Bréfritari: Sigríður Pálsdóttir
Viðtakandi: Páll Pálsson
Dagsetning: A-1842-06-26
Skrifað á: Síðumúla  Mýr.
Páll var bróðir Sigríðar

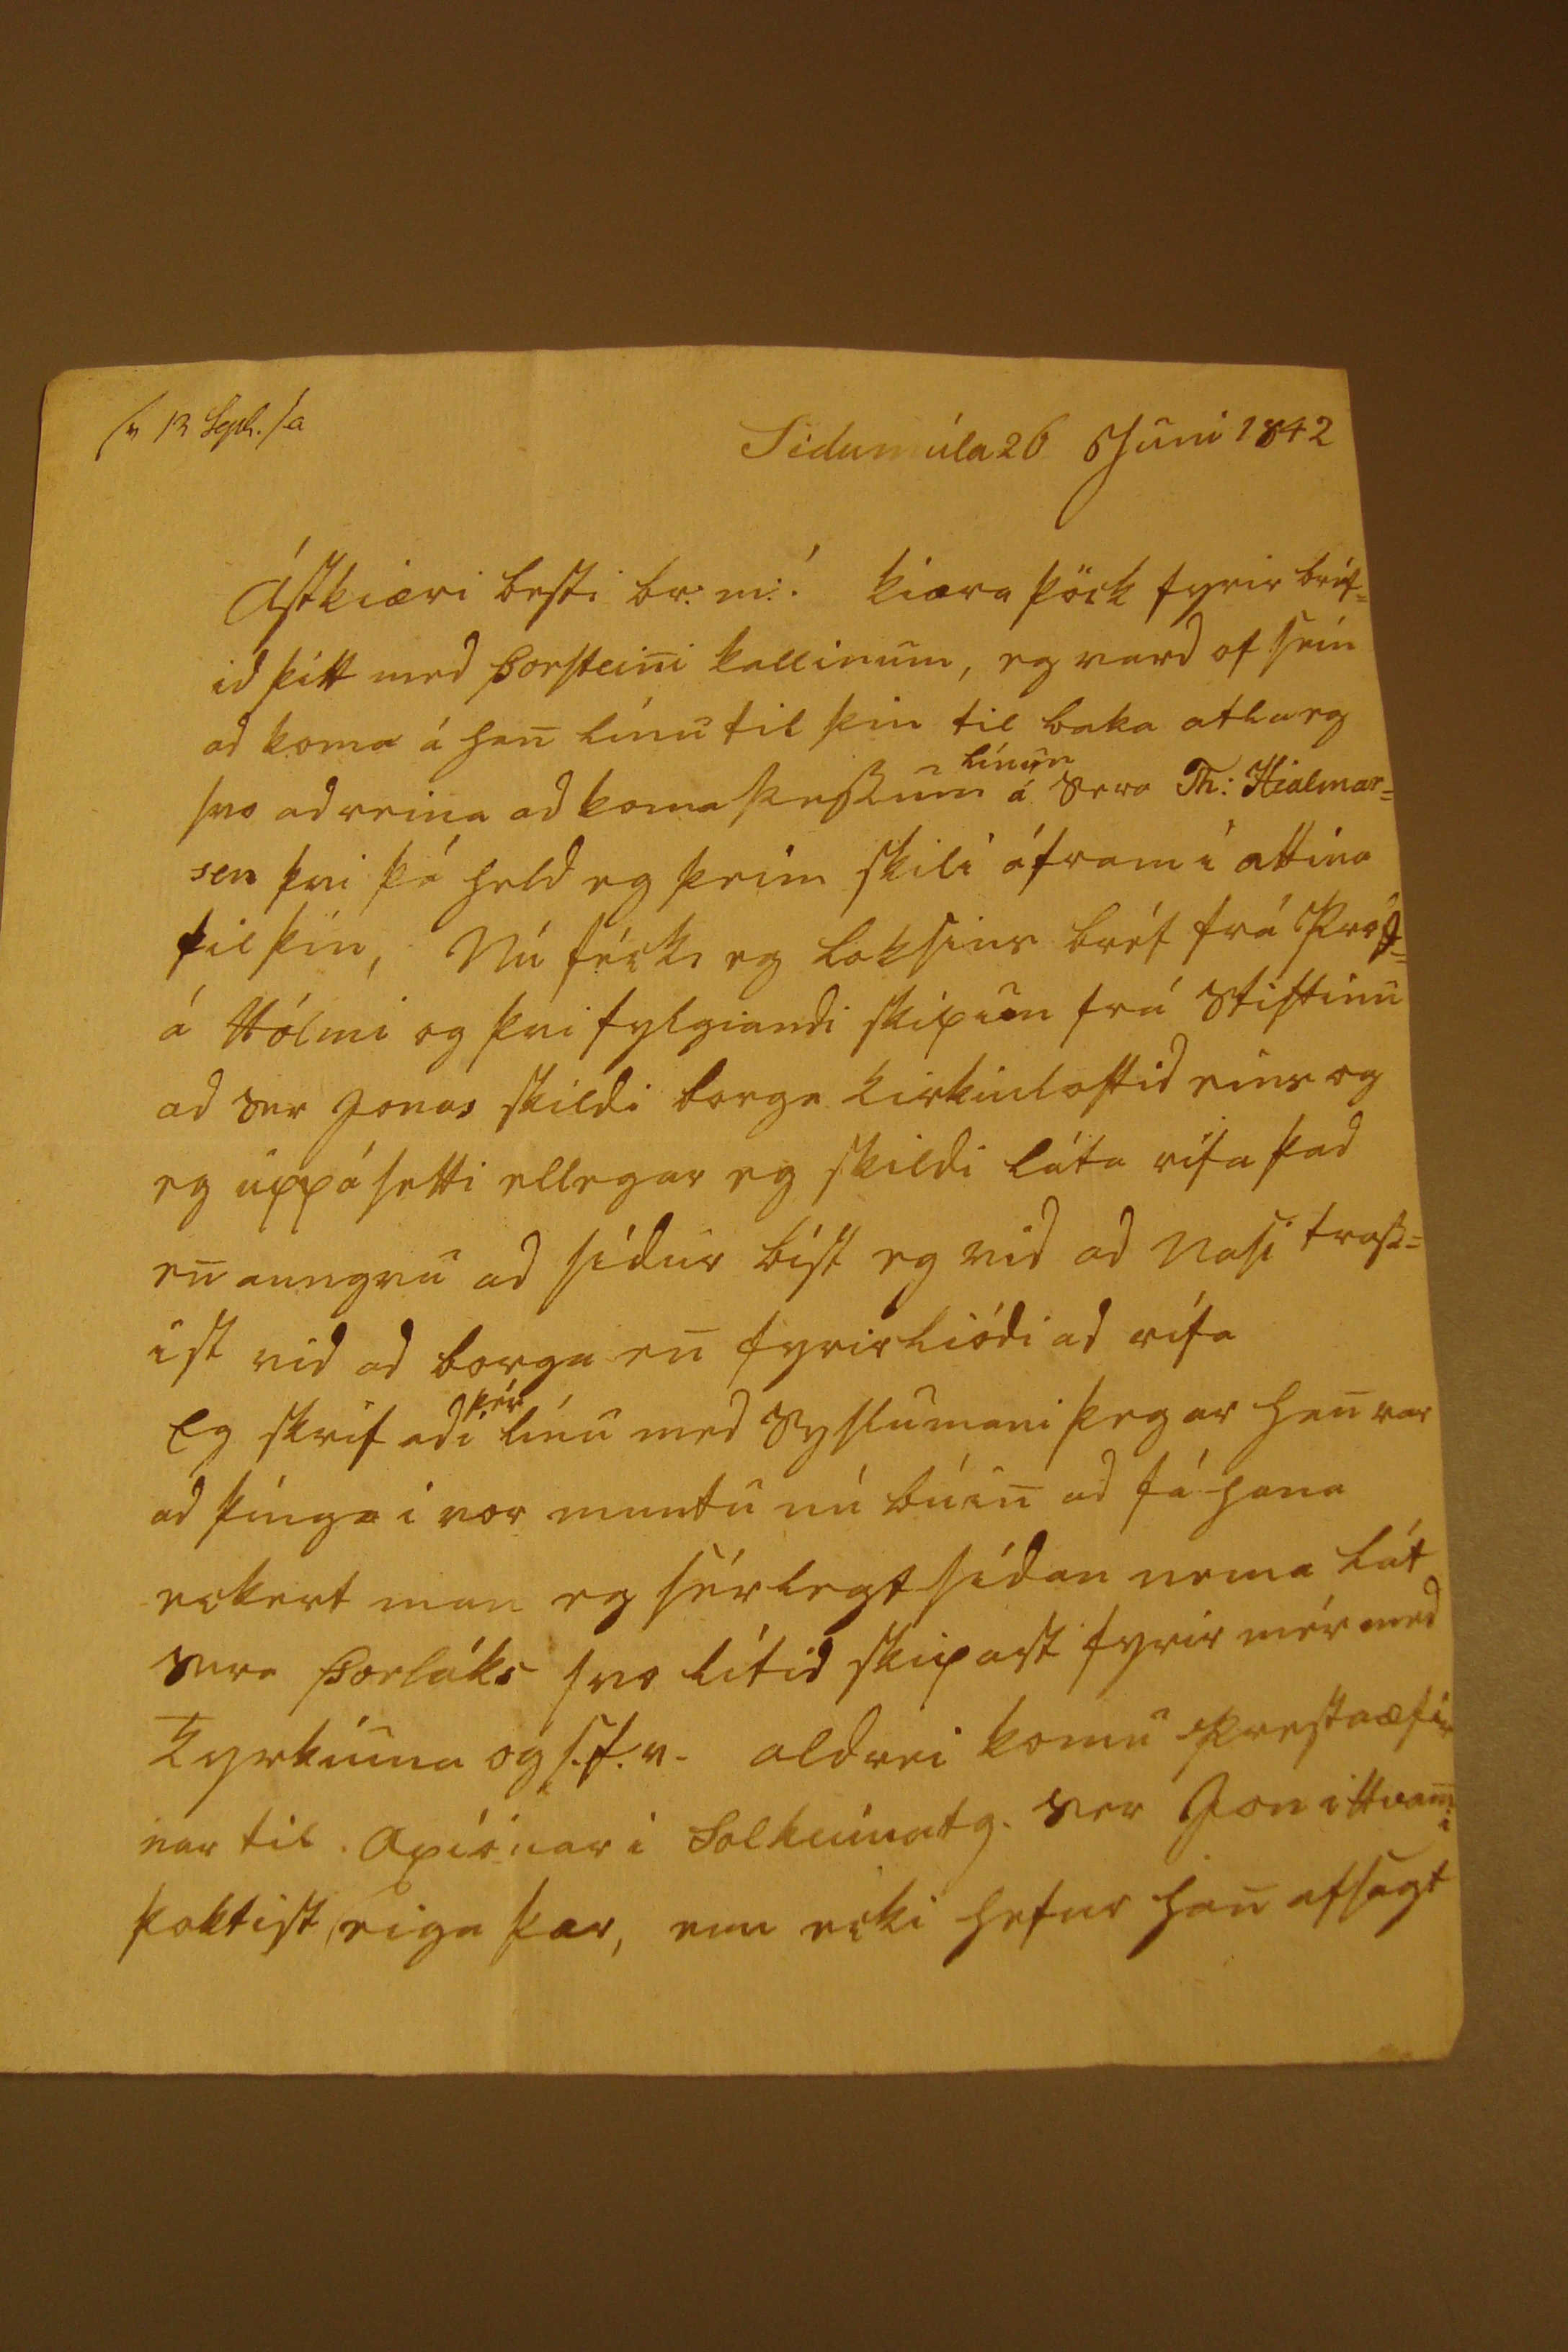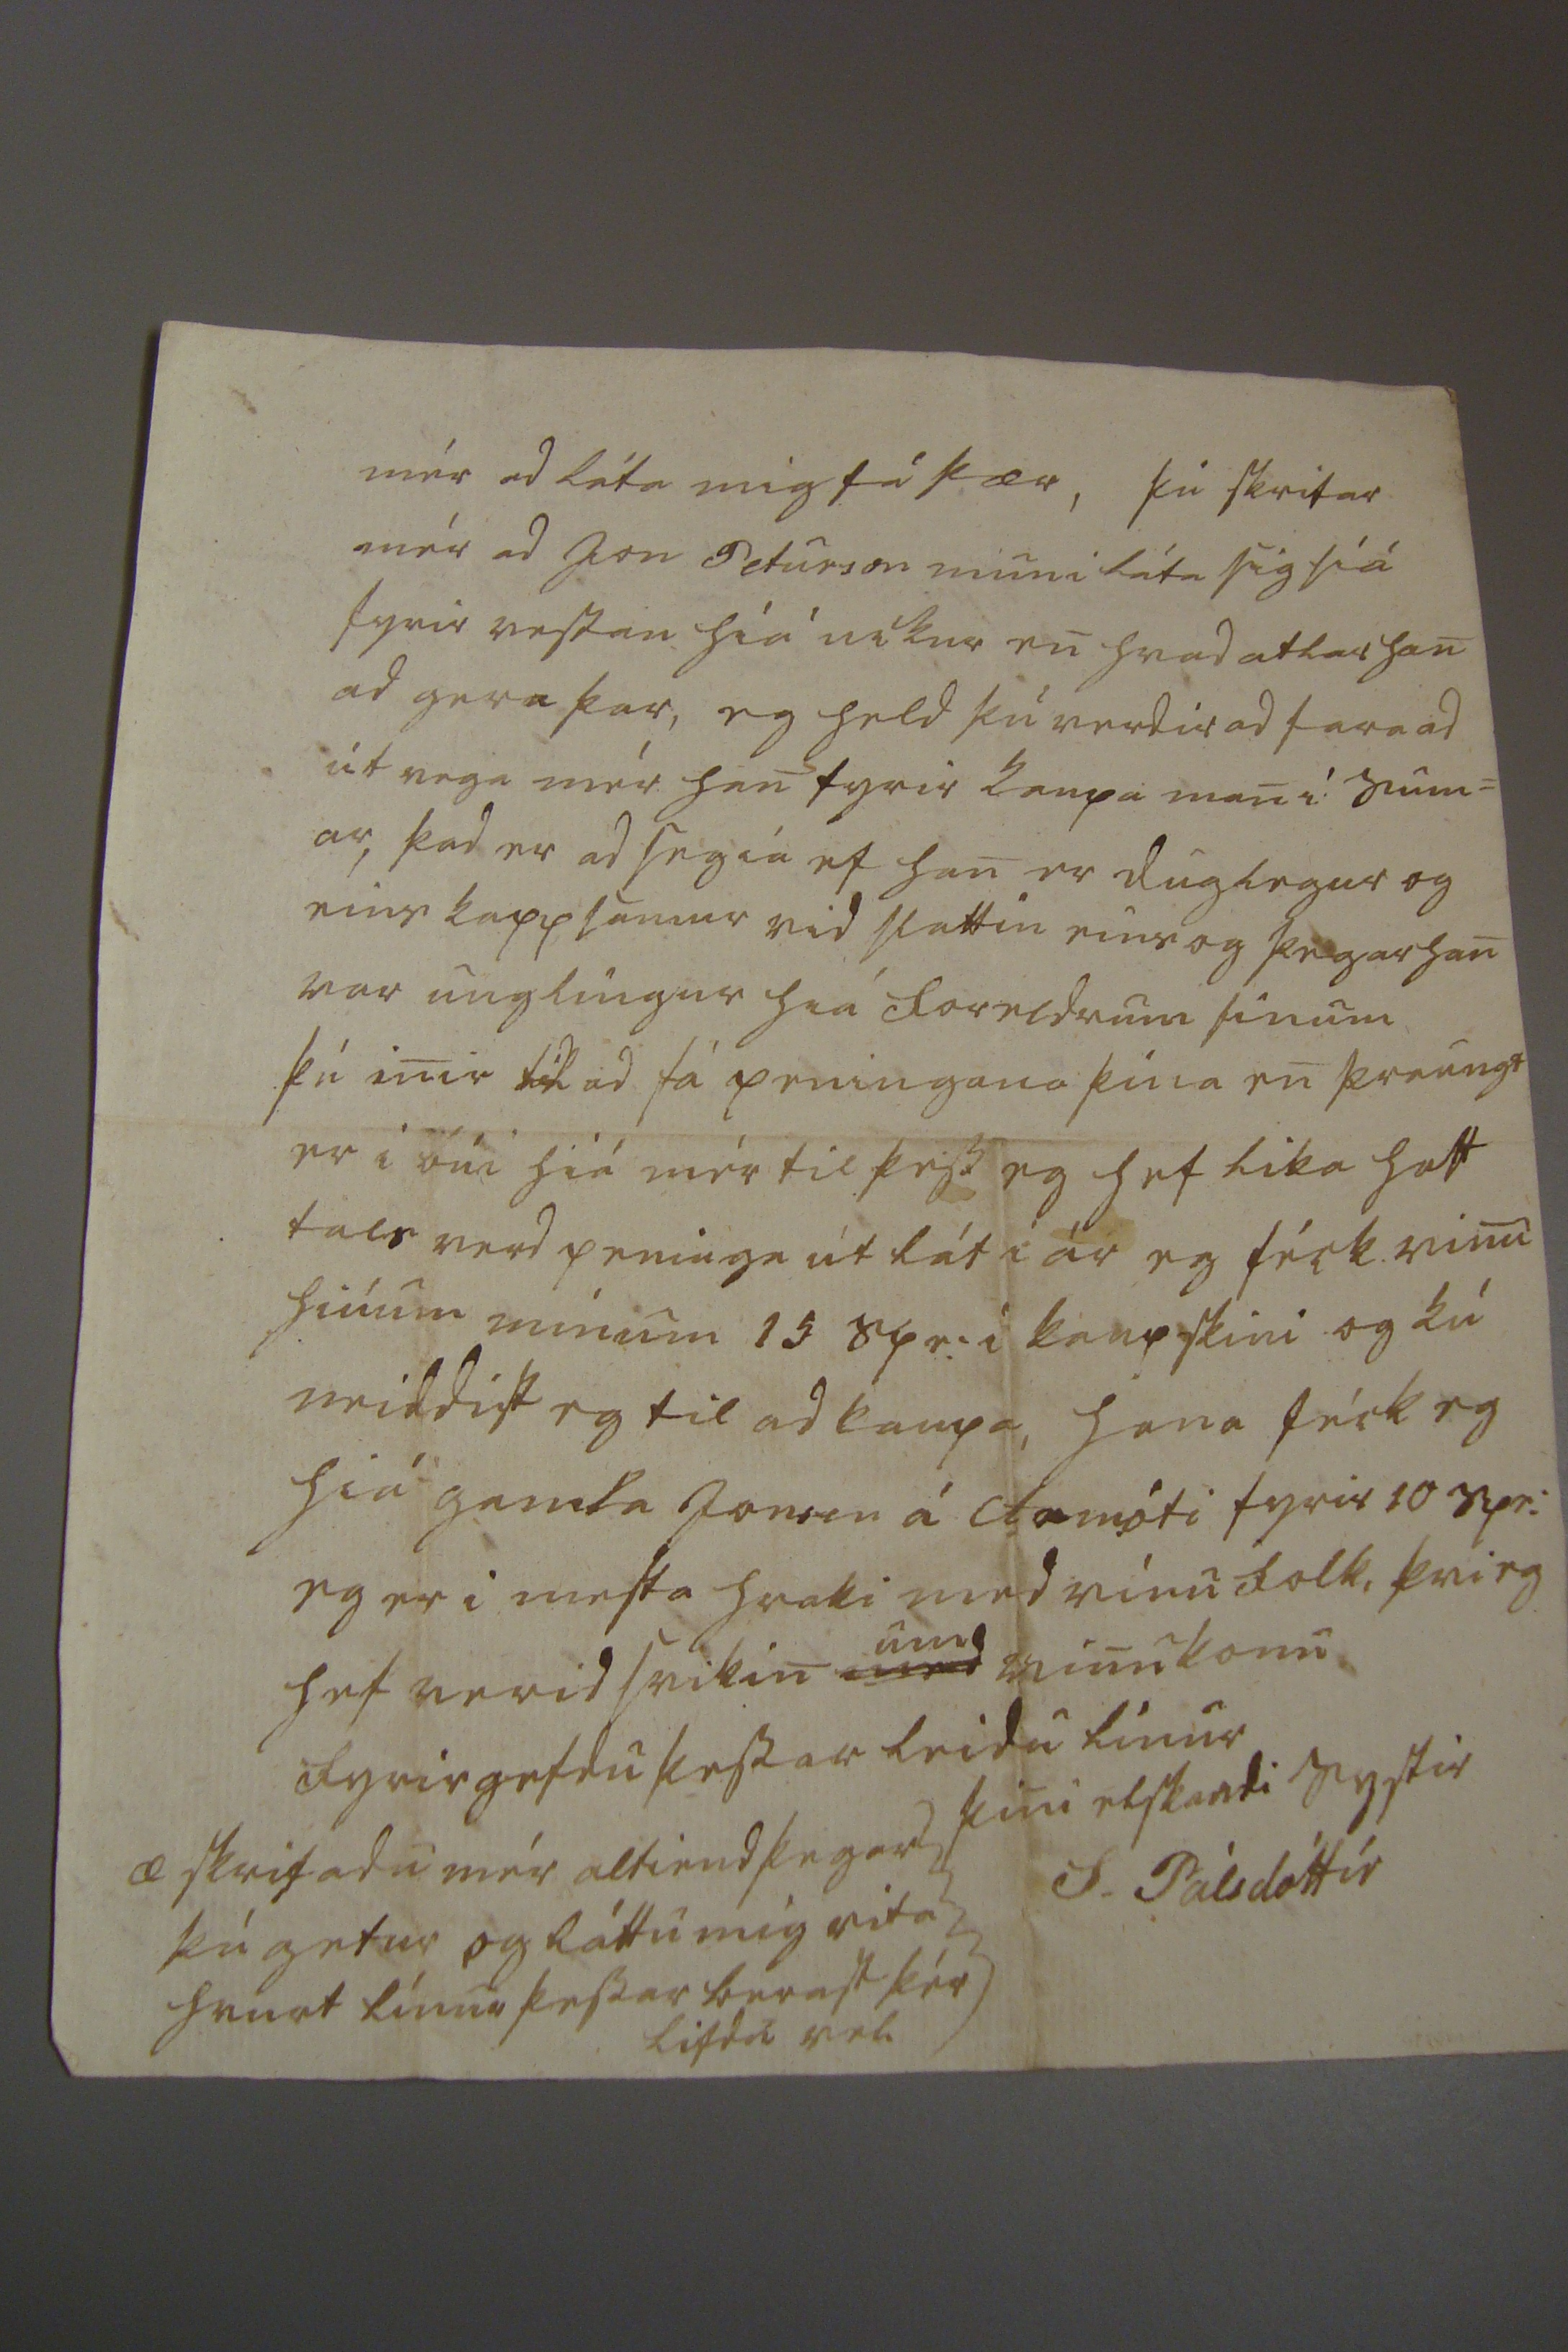

sv 13 Sepd. sa Sídumúla 26 Juni 1842
Ástkiæri besti br. m:! kiæra þöck fyrir bréf= id þitt med Þorsteini kallinum, eg vard of sein ad koma á han línu til þin til baka atla eg svo ad reina ad koma þessum
línum
á Sera Th: Hialmar= sen þvi þá held eg þeim skili áfram i attina til þín, Nú féck, eg loksins bréf frá Prófs= á Hólmi og þvi fylgiandi skipun frá stiftinu ad Ser Jonas skildi borga kirkiuloftid eins og eg uppá setti ellegar eg skildi láta rífa þad en aungvu ad sídur bíst eg vid ad Nasi trass= ist vid ad borga en fyrirliódi ad rífa Eg skrifadi
þér
línu med Syslumani þegar han var ad þínga i vor muntu nú búin ad fá hana eckert man eg sérlegt sídan nema lát Sera Þorláks svo lítid skipast fyrir mér med kyrkiuna og S.t.v. aldrei komu prestaæfir nar til
Axiónar
i Solheimatg. var Jon i Hvami þoktist, eiga þær, enn ecki hefur han afsagt
mér ad láta mig fá þær, þú skrifar mér ad Jon Peturson muni láta sig síá fyrir vestan hiá uckur en hvad atlar han ad gera þar, eg held þú verdir ad fara ad útvega mér han fyrir kaupa man i sum= ar, þad er ad segia ef han er duglegur og eins kappsamur vid slattin eins og þegar han var unglingur hiá foreldrum sinum Þú inir til ad fá peningana þína en þraungt er i búi hiá mér til þess eg hef lika haft tals verd peninga út lát i ár eg féck vinu hiúum mínum 15
spe:
i kaupskini og kú neiddist eg til ad kaupa, hana féck eg hiá gamla Jonsen á Armóti fyrir 10 spe: eg er i mesta hraki med vinufolk, þvi eg hef verid svikin
med
um
vinukonu fyrirgefdu þessar leidu línur þini elskandi systir
S. Pálsdóttir
æ skrifadu mér altiend þegar þú getur og láttu mig vita hvurt línur þessar berast þér lifdu vel